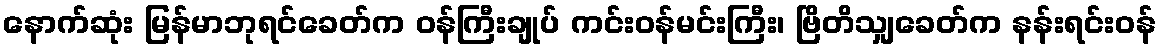
နောက်ဆုံး မြန်မာဘုရင်ခေတ်က ဝန်ကြီးချုပ် ကင်းဝန်မင်းကြီး၊ ဗြိတိသျှခေတ်က နန်းရင်းဝန်